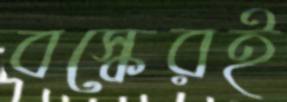
বস্কেরই